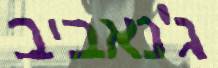
ג'נאביב